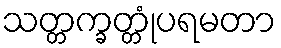
သတ္တက္ခတ္တုံပရမတာ